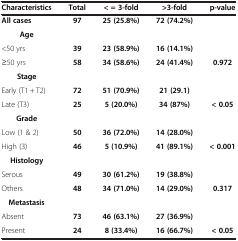
<table><thead><tr><td><b>Characteristics</b></td><td><b>Total</b></td><td><b>&lt; = 3-fold</b></td><td><b>&gt;3-fold</b></td><td><b>p-value</b></td></tr></thead><tbody><tr><td><b>All cases</b></td><td><b>97</b></td><td><b>25 (25.8%)</b></td><td><b>72 (74.2%)</b></td><td> </td></tr><tr><td><b>Age</b></td><td> </td><td> </td><td> </td><td> </td></tr><tr><td>&lt;50 yrs</td><td><b>39</b></td><td><b>23 (58.9%)</b></td><td><b>16 (14.1%)</b></td><td> </td></tr><tr><td>≥50 yrs</td><td><b>58</b></td><td><b>34 (58.6%)</b></td><td><b>24 (41.4%)</b></td><td><b>0.972</b></td></tr><tr><td><b>Stage</b></td><td> </td><td> </td><td> </td><td> </td></tr><tr><td>Early (T1 + T2)</td><td><b>72</b></td><td><b>51 (70.9%)</b></td><td><b>21 (29.1)</b></td><td> </td></tr><tr><td>Late (T3)</td><td><b>25</b></td><td><b>5 (20.0%)</b></td><td><b>34 (87%)</b></td><td><b>&lt; 0.05</b></td></tr><tr><td><b>Grade</b></td><td> </td><td> </td><td> </td><td> </td></tr><tr><td>Low (1 &amp; 2)</td><td><b>50</b></td><td><b>36 (72.0%)</b></td><td><b>14 (28.0%)</b></td><td> </td></tr><tr><td>High (3)</td><td><b>46</b></td><td><b>5 (10.9%)</b></td><td><b>41 (89.1%)</b></td><td><b>&lt; 0.001</b></td></tr><tr><td><b>Histology</b></td><td> </td><td> </td><td> </td><td> </td></tr><tr><td>Serous</td><td><b>49</b></td><td><b>30 (61.2%)</b></td><td><b>19 (38.8%)</b></td><td> </td></tr><tr><td>Others</td><td><b>48</b></td><td><b>34 (71.0%)</b></td><td><b>14 (29.0%)</b></td><td><b>0.317</b></td></tr><tr><td><b> Metastasis</b></td><td> </td><td> </td><td> </td><td> </td></tr><tr><td>Absent</td><td><b>73</b></td><td><b>46 (63.1%)</b></td><td><b>27 (36.9%)</b></td><td> </td></tr><tr><td>Present</td><td><b>24</b></td><td><b>8 (33.4%)</b></td><td><b>16 (66.7%)</b></td><td><b>&lt; 0.05</b></td></tr></tbody></table>